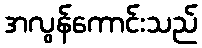
အလွန်ကောင်းသည်